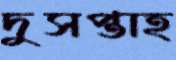
দুসপ্তাহ